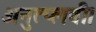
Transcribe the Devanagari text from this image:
अनुत्प्लवी।